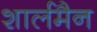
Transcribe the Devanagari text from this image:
शार्लमैन